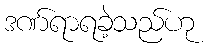
ဒဏ်ရာရခဲ့သည်ဟု